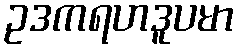
ဥဒကရဟဒူပမာ